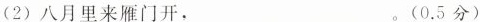
(2)八月里来雁门开，___。(0.5分)